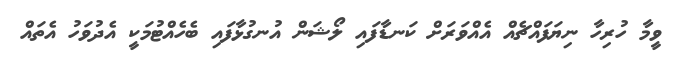
ވީމާ ހުރިހާ ނިޔަފައްޗެއް އެއްވަރަށް ކަނޑާފައި ލޯޝަން އުނގުޅާފައި ބެހެއްޓުމަކީ އެދުވަހު އެތައް